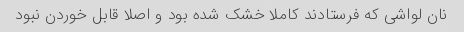
نان لواشی که فرستادند کاملا خشک شده بود و اصلا قابل خوردن نبود